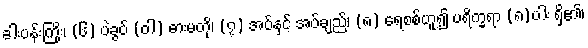
ခါးပန်းကြိုး၊ (၆) ပဲခွပ် (ဝါ) ဓားမတို၊ (၇) အပ်နှင့် အပ်ချည်၊ (၈) ရေစစ်ဟူ၍ ပရိက္ခရာ (၈)ပါး ရှိ၏၊